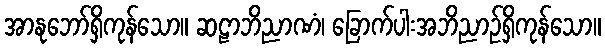
အာနုဘော်ရှိကုန်သော။ ဆဠာဘိညာဏံ၊ ခြောက်ပါးအဘိညာဉ်ရှိကုန်သော။